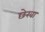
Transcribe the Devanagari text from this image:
छेरवा